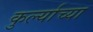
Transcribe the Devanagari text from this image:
कुर्ल्याच्या